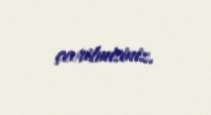
çevrilmisiniz.